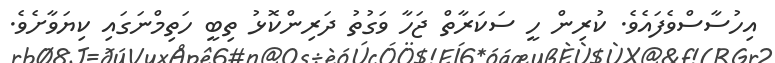
އިހުސާސްވެފައެވެ. ކުރިން ހީ ސަކަރާތް ޖަހާ ވަގުތު ދަރިންކޮޅު ތިބީ ހަތިމްނަގައި ކިޔަވާށެވެ.